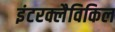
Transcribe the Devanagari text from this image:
इंटरक्लैविकिल